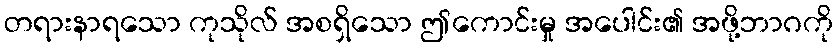
တရားနာရသော ကုသိုလ် အစရှိသော ဤကောင်းမှု အပေါင်း၏ အဖို့ဘာဂကို